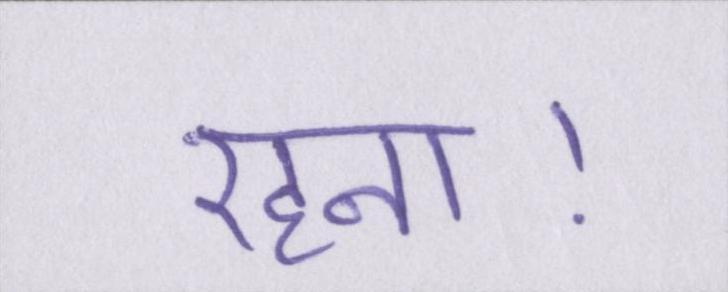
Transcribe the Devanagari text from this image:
रहना।